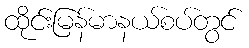
ထိုင်းမြန်မာနယ်စပ်တွင်